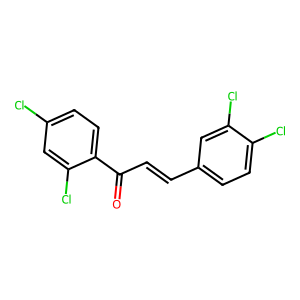
SMILES: O=C(C=Cc1ccc(Cl)c(Cl)c1)c1ccc(Cl)cc1Cl
Inhibits HIV replication: No